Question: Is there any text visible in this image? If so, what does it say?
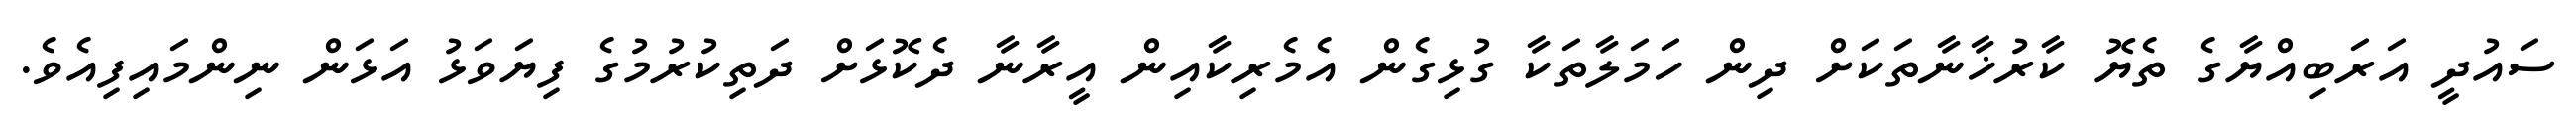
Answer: ސައުދީ އަރަބިއްޔާގެ ތެޔޮ ކާރުޚާނާތަކަށް ދިން ހަމަލާތަކާ ގުޅިގެން އެމެރިކާއިން އީރާނާ ދެކޮޅަށް ދަތިކުރުމުގެ ފިޔަވަޅު އަޅަން ނިންމައިފިއެވެ.